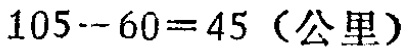
\(105 - 60 = 45\)（公里）